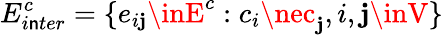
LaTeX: E_{i\mathsf{n}ter}^{c}=\{ e_{i\mathbf{j}}\inE^{c}:c_{i}\nec_{\mathbf{j}},i,\mathbf{j}\inV\}